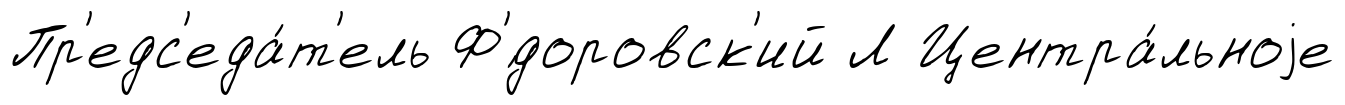
Пр'едс'еда́т'ель Ф'́доровск'ий Л Центра́льноjе